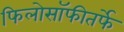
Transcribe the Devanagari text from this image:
फिलोसॉफीतर्फे